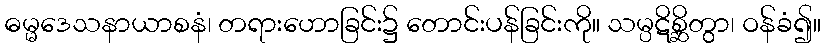
ဓမ္မဒေသနာယာစနံ၊ တရားဟောခြင်း၌ တောင်းပန်ခြင်းကို။ သမ္ပဋိစ္ဆိတွာ၊ ဝန်ခံ၍။